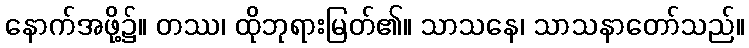
နောက်အဖို့၌။ တဿ၊ ထိုဘုရားမြတ်၏။ သာသနေ၊ သာသနာတော်သည်။